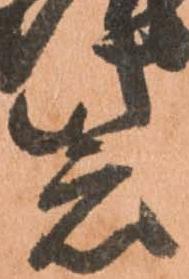
紫